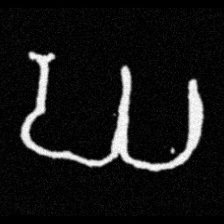
Pyu character \u2014 Myanmar letter: ဃ (romanized: gha)